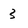
Character: 3